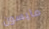
مايسون